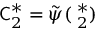
\mathsf C _ { 2 } ^ { * } = \tilde { \psi } ( \mathbf \Delta _ { 2 } ^ { * } )